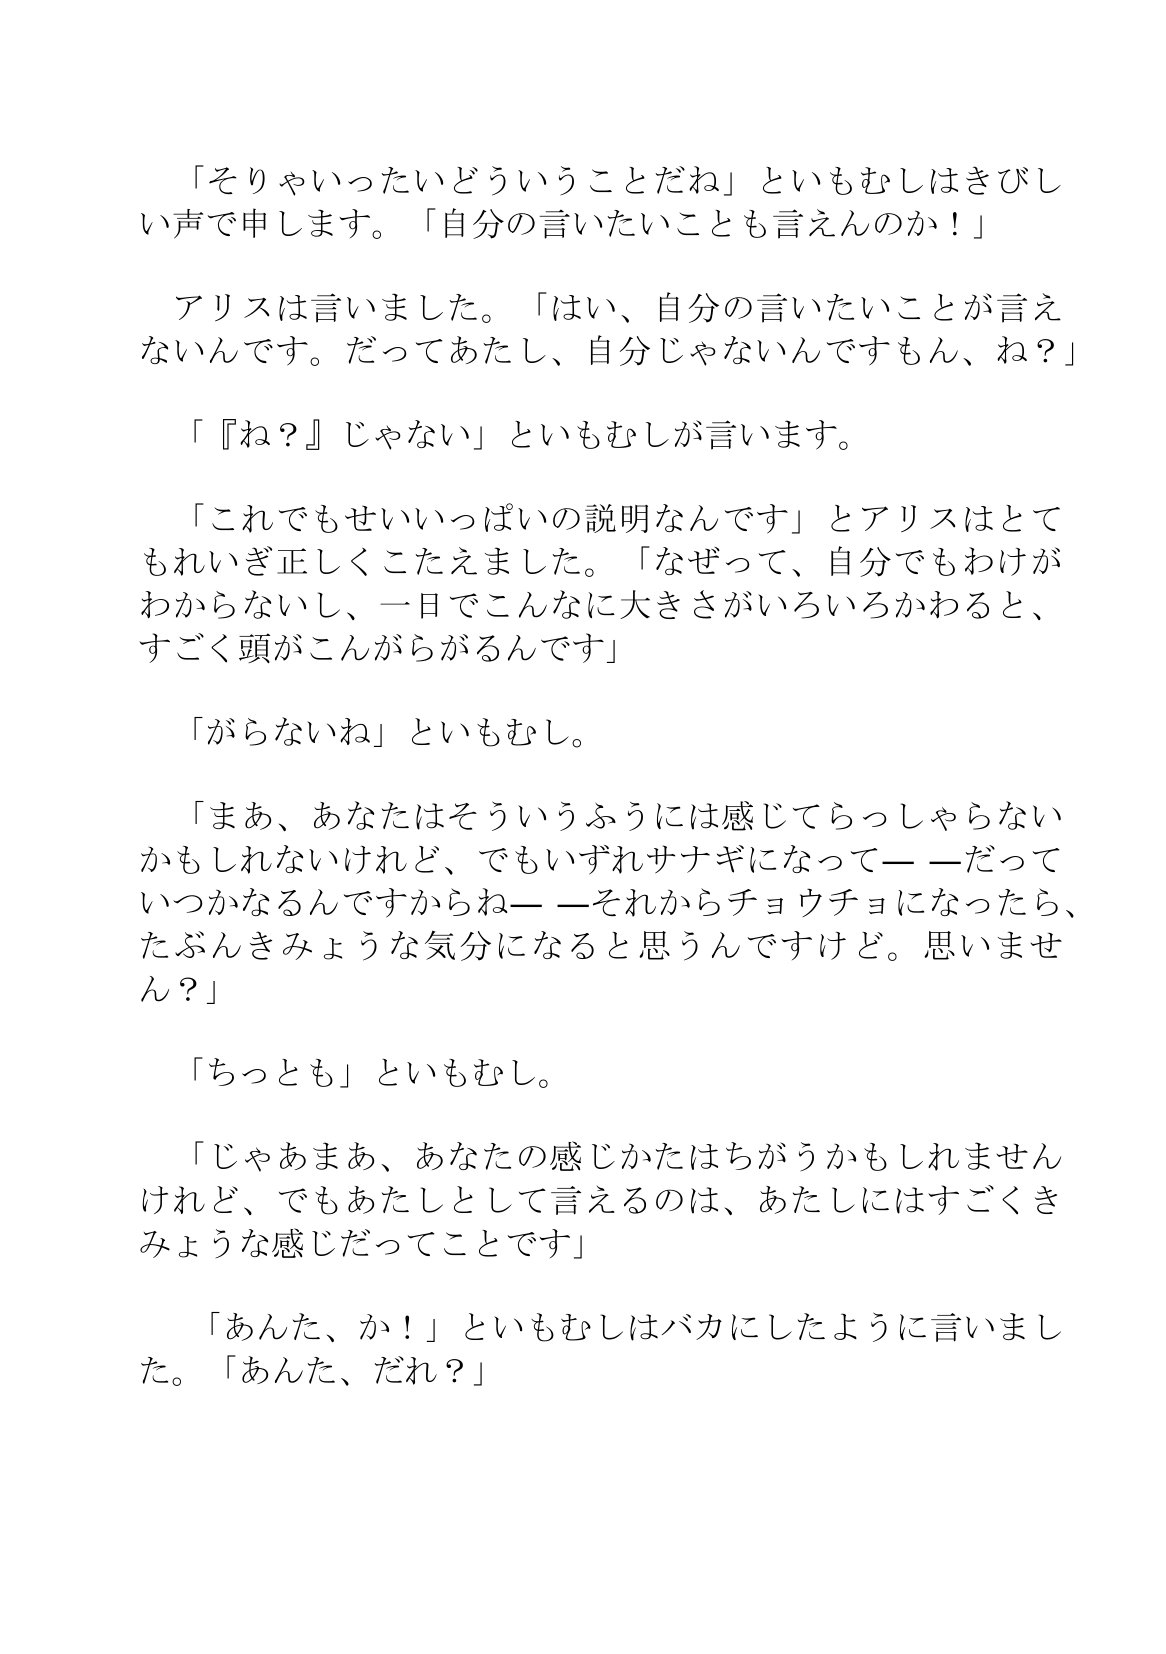
Language: ja